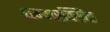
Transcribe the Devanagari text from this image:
धम्मरक्खित